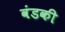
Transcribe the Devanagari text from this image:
वंडकी